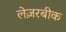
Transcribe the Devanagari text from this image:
लेज़रबीक